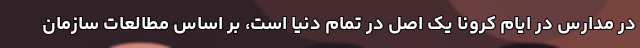
در مدارس در ایام کرونا یک اصل در تمام دنیا است، بر اساس مطالعات سازمان